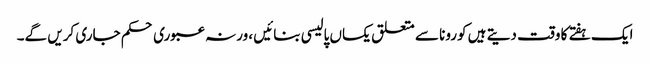
ایک ہفتے کا وقت دیتے ہیں کورونا سے متعلق یکساں پالیسی بنائیں ، ورنہ عبوری حکم جاری کریں گے۔